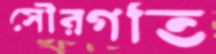
সৌরগতি